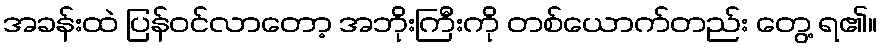
အခန်းထဲ ပြန်ဝင်လာတော့ အဘိုးကြီးကို တစ်ယောက်တည်း တွေ့ ရ၏။